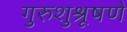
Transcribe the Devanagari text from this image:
गुरुशुश्रूषणे